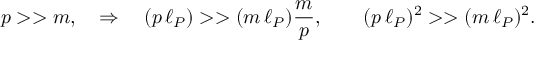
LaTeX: p > > m , \quad \Rightarrow \quad ( p \, \ell _ { P } ) > > ( m \, \ell _ { P } ) \frac { m } { p } , \qquad ( p \, \ell _ { P } ) ^ { 2 } > > ( m \, \ell _ { P } ) ^ { 2 } .